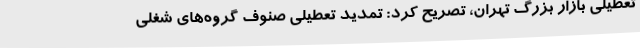
تعطیلی بازار بزرگ تهران، تصریح کرد: تمدید تعطیلی صنوف گروه‌های شغلی